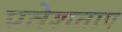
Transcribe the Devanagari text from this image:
प्रवेशताप